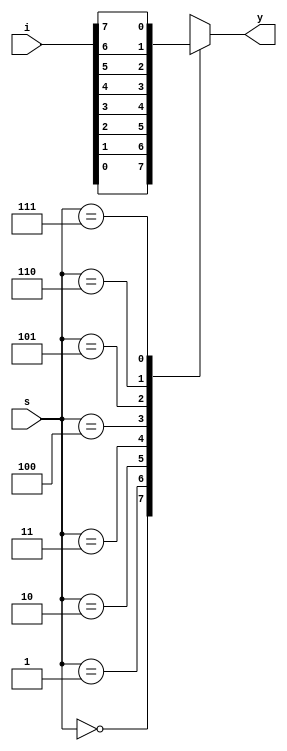
`timescale 1ns / 1ps
//////////////////////////////////////////////////////////////////////////////////
// Company: 
// Engineer: 
// 
// Design Name: 
// Module Name:    mux_81 
// Project Name: 
// Target Devices: 
// Tool versions: 
// Description: 
//
// Dependencies: 
//
// Revision: 
// Revision 0.01 - File Created
// Additional Comments: 
//
//////////////////////////////////////////////////////////////////////////////////
module mux_81(i,s,y);
input [7:0]i;
input [2:0]s;
output reg y;
always@(*)
begin
case(s)
	3'b000:y=i[0];
	3'b001:y=i[1];
	3'b010:y=i[2];
	3'b011:y=i[3];
	3'b100:y=i[4];
	3'b101:y=i[5];
	3'b110:y=i[6];
	3'b111:y=i[7];
	default:y=1'bz;
endcase
end
endmodule